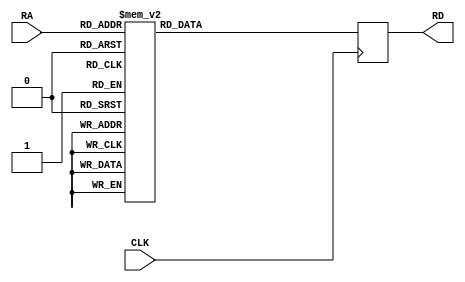
// ************************************************************** //
// DSCP    : sine_rom FILE
// ABOUT   : auto generated rom file by gen_rom_rtl.m
// ************************************************************** //
// module sine_rom()
module sine_rom(
  CLK    ,           // clock
  RA     ,           // read address
  RD     );          // read data
input          CLK;
input  [6  :0] RA;
output [7  :0] RD;
reg    [7  :0] RD;
always @ (posedge CLK)
  case(RA)
     7 'd 0     :RD = #1 8 'b 00000000; //      0 0x0 
     7 'd 1     :RD = #1 8 'b 00000110; //      6 0x6 
     7 'd 2     :RD = #1 8 'b 00001100; //     12 0xC 
     7 'd 3     :RD = #1 8 'b 00010010; //     18 0x12 
     7 'd 4     :RD = #1 8 'b 00011000; //     24 0x18 
     7 'd 5     :RD = #1 8 'b 00011110; //     30 0x1E 
     7 'd 6     :RD = #1 8 'b 00100100; //     36 0x24 
     7 'd 7     :RD = #1 8 'b 00101010; //     42 0x2A 
     7 'd 8     :RD = #1 8 'b 00110000; //     48 0x30 
     7 'd 9     :RD = #1 8 'b 00110110; //     54 0x36 
     7 'd 10    :RD = #1 8 'b 00111011; //     59 0x3B 
     7 'd 11    :RD = #1 8 'b 01000001; //     65 0x41 
     7 'd 12    :RD = #1 8 'b 01000110; //     70 0x46 
     7 'd 13    :RD = #1 8 'b 01001011; //     75 0x4B 
     7 'd 14    :RD = #1 8 'b 01010000; //     80 0x50 
     7 'd 15    :RD = #1 8 'b 01010101; //     85 0x55 
     7 'd 16    :RD = #1 8 'b 01011001; //     89 0x59 
     7 'd 17    :RD = #1 8 'b 01011110; //     94 0x5E 
     7 'd 18    :RD = #1 8 'b 01100010; //     98 0x62 
     7 'd 19    :RD = #1 8 'b 01100110; //    102 0x66 
     7 'd 20    :RD = #1 8 'b 01101001; //    105 0x69 
     7 'd 21    :RD = #1 8 'b 01101100; //    108 0x6C 
     7 'd 22    :RD = #1 8 'b 01110000; //    112 0x70 
     7 'd 23    :RD = #1 8 'b 01110010; //    114 0x72 
     7 'd 24    :RD = #1 8 'b 01110101; //    117 0x75 
     7 'd 25    :RD = #1 8 'b 01110111; //    119 0x77 
     7 'd 26    :RD = #1 8 'b 01111001; //    121 0x79 
     7 'd 27    :RD = #1 8 'b 01111011; //    123 0x7B 
     7 'd 28    :RD = #1 8 'b 01111100; //    124 0x7C 
     7 'd 29    :RD = #1 8 'b 01111101; //    125 0x7D 
     7 'd 30    :RD = #1 8 'b 01111110; //    126 0x7E 
     7 'd 31    :RD = #1 8 'b 01111110; //    126 0x7E 
     7 'd 32    :RD = #1 8 'b 01111111; //    127 0x7F 
     7 'd 33    :RD = #1 8 'b 01111110; //    126 0x7E 
     7 'd 34    :RD = #1 8 'b 01111110; //    126 0x7E 
     7 'd 35    :RD = #1 8 'b 01111101; //    125 0x7D 
     7 'd 36    :RD = #1 8 'b 01111100; //    124 0x7C 
     7 'd 37    :RD = #1 8 'b 01111011; //    123 0x7B 
     7 'd 38    :RD = #1 8 'b 01111001; //    121 0x79 
     7 'd 39    :RD = #1 8 'b 01110111; //    119 0x77 
     7 'd 40    :RD = #1 8 'b 01110101; //    117 0x75 
     7 'd 41    :RD = #1 8 'b 01110010; //    114 0x72 
     7 'd 42    :RD = #1 8 'b 01110000; //    112 0x70 
     7 'd 43    :RD = #1 8 'b 01101100; //    108 0x6C 
     7 'd 44    :RD = #1 8 'b 01101001; //    105 0x69 
     7 'd 45    :RD = #1 8 'b 01100110; //    102 0x66 
     7 'd 46    :RD = #1 8 'b 01100010; //     98 0x62 
     7 'd 47    :RD = #1 8 'b 01011110; //     94 0x5E 
     7 'd 48    :RD = #1 8 'b 01011001; //     89 0x59 
     7 'd 49    :RD = #1 8 'b 01010101; //     85 0x55 
     7 'd 50    :RD = #1 8 'b 01010000; //     80 0x50 
     7 'd 51    :RD = #1 8 'b 01001011; //     75 0x4B 
     7 'd 52    :RD = #1 8 'b 01000110; //     70 0x46 
     7 'd 53    :RD = #1 8 'b 01000001; //     65 0x41 
     7 'd 54    :RD = #1 8 'b 00111011; //     59 0x3B 
     7 'd 55    :RD = #1 8 'b 00110110; //     54 0x36 
     7 'd 56    :RD = #1 8 'b 00110000; //     48 0x30 
     7 'd 57    :RD = #1 8 'b 00101010; //     42 0x2A 
     7 'd 58    :RD = #1 8 'b 00100100; //     36 0x24 
     7 'd 59    :RD = #1 8 'b 00011110; //     30 0x1E 
     7 'd 60    :RD = #1 8 'b 00011000; //     24 0x18 
     7 'd 61    :RD = #1 8 'b 00010010; //     18 0x12 
     7 'd 62    :RD = #1 8 'b 00001100; //     12 0xC 
     7 'd 63    :RD = #1 8 'b 00000110; //      6 0x6 
     7 'd 64    :RD = #1 8 'b 00000000; //      0 0x0 
     7 'd 65    :RD = #1 8 'b 11111010; //     -6 0xFA 
     7 'd 66    :RD = #1 8 'b 11110100; //    -12 0xF4 
     7 'd 67    :RD = #1 8 'b 11101110; //    -18 0xEE 
     7 'd 68    :RD = #1 8 'b 11101000; //    -24 0xE8 
     7 'd 69    :RD = #1 8 'b 11100010; //    -30 0xE2 
     7 'd 70    :RD = #1 8 'b 11011100; //    -36 0xDC 
     7 'd 71    :RD = #1 8 'b 11010110; //    -42 0xD6 
     7 'd 72    :RD = #1 8 'b 11010000; //    -48 0xD0 
     7 'd 73    :RD = #1 8 'b 11001010; //    -54 0xCA 
     7 'd 74    :RD = #1 8 'b 11000101; //    -59 0xC5 
     7 'd 75    :RD = #1 8 'b 10111111; //    -65 0xBF 
     7 'd 76    :RD = #1 8 'b 10111010; //    -70 0xBA 
     7 'd 77    :RD = #1 8 'b 10110101; //    -75 0xB5 
     7 'd 78    :RD = #1 8 'b 10110000; //    -80 0xB0 
     7 'd 79    :RD = #1 8 'b 10101011; //    -85 0xAB 
     7 'd 80    :RD = #1 8 'b 10100111; //    -89 0xA7 
     7 'd 81    :RD = #1 8 'b 10100010; //    -94 0xA2 
     7 'd 82    :RD = #1 8 'b 10011110; //    -98 0x9E 
     7 'd 83    :RD = #1 8 'b 10011010; //   -102 0x9A 
     7 'd 84    :RD = #1 8 'b 10010111; //   -105 0x97 
     7 'd 85    :RD = #1 8 'b 10010100; //   -108 0x94 
     7 'd 86    :RD = #1 8 'b 10010000; //   -112 0x90 
     7 'd 87    :RD = #1 8 'b 10001110; //   -114 0x8E 
     7 'd 88    :RD = #1 8 'b 10001011; //   -117 0x8B 
     7 'd 89    :RD = #1 8 'b 10001001; //   -119 0x89 
     7 'd 90    :RD = #1 8 'b 10000111; //   -121 0x87 
     7 'd 91    :RD = #1 8 'b 10000101; //   -123 0x85 
     7 'd 92    :RD = #1 8 'b 10000100; //   -124 0x84 
     7 'd 93    :RD = #1 8 'b 10000011; //   -125 0x83 
     7 'd 94    :RD = #1 8 'b 10000010; //   -126 0x82 
     7 'd 95    :RD = #1 8 'b 10000010; //   -126 0x82 
     7 'd 96    :RD = #1 8 'b 10000001; //   -127 0x81 
     7 'd 97    :RD = #1 8 'b 10000010; //   -126 0x82 
     7 'd 98    :RD = #1 8 'b 10000010; //   -126 0x82 
     7 'd 99    :RD = #1 8 'b 10000011; //   -125 0x83 
     7 'd 100   :RD = #1 8 'b 10000100; //   -124 0x84 
     7 'd 101   :RD = #1 8 'b 10000101; //   -123 0x85 
     7 'd 102   :RD = #1 8 'b 10000111; //   -121 0x87 
     7 'd 103   :RD = #1 8 'b 10001001; //   -119 0x89 
     7 'd 104   :RD = #1 8 'b 10001011; //   -117 0x8B 
     7 'd 105   :RD = #1 8 'b 10001110; //   -114 0x8E 
     7 'd 106   :RD = #1 8 'b 10010000; //   -112 0x90 
     7 'd 107   :RD = #1 8 'b 10010100; //   -108 0x94 
     7 'd 108   :RD = #1 8 'b 10010111; //   -105 0x97 
     7 'd 109   :RD = #1 8 'b 10011010; //   -102 0x9A 
     7 'd 110   :RD = #1 8 'b 10011110; //    -98 0x9E 
     7 'd 111   :RD = #1 8 'b 10100010; //    -94 0xA2 
     7 'd 112   :RD = #1 8 'b 10100111; //    -89 0xA7 
     7 'd 113   :RD = #1 8 'b 10101011; //    -85 0xAB 
     7 'd 114   :RD = #1 8 'b 10110000; //    -80 0xB0 
     7 'd 115   :RD = #1 8 'b 10110101; //    -75 0xB5 
     7 'd 116   :RD = #1 8 'b 10111010; //    -70 0xBA 
     7 'd 117   :RD = #1 8 'b 10111111; //    -65 0xBF 
     7 'd 118   :RD = #1 8 'b 11000101; //    -59 0xC5 
     7 'd 119   :RD = #1 8 'b 11001010; //    -54 0xCA 
     7 'd 120   :RD = #1 8 'b 11010000; //    -48 0xD0 
     7 'd 121   :RD = #1 8 'b 11010110; //    -42 0xD6 
     7 'd 122   :RD = #1 8 'b 11011100; //    -36 0xDC 
     7 'd 123   :RD = #1 8 'b 11100010; //    -30 0xE2 
     7 'd 124   :RD = #1 8 'b 11101000; //    -24 0xE8 
     7 'd 125   :RD = #1 8 'b 11101110; //    -18 0xEE 
     7 'd 126   :RD = #1 8 'b 11110100; //    -12 0xF4 
     7 'd 127   :RD = #1 8 'b 11111010; //     -6 0xFA 
  default : RD = #1 0;
  endcase
endmodule